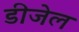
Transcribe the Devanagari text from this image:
डीजेल